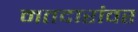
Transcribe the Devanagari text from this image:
मतदारांवर